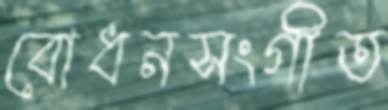
বোধনসংগীত